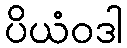
ပိယံဝဒါ